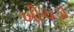
ખીચડા